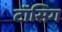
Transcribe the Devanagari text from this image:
टॉसिग